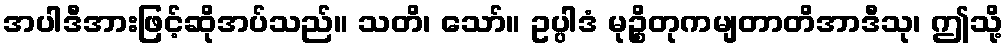
အပါဒီအားဖြင့်ဆိုအပ်သည်။ သတိ၊ သော်။ ဥပ္ပါဒံ မုဉ္စိတုကမျတာတိအာဒီသု၊ ဤသို့